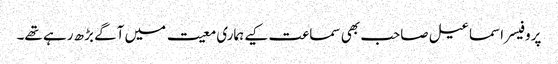
پروفیسر اسماعیل صاحب بھی سماعت کیے ہماری معیت میں آگے بڑھ رہے تھے۔